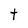
Character: t